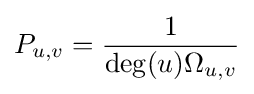
P_{u,v}={\frac {1}{\deg(u)\Omega _{u,v}}}